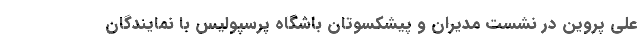
علی پروین در نشست مدیران و پیشکسوتان باشگاه پرسپولیس با نمایندگان